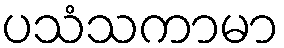
ပသံသကာမာ